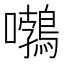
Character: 𡅂